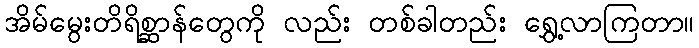
အိမ်မွေးတိရိစ္ဆာန်တွေကို လည်း တစ်ခါတည်း ရွှေ့လာကြတာ။